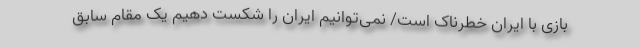
بازی با ایران خطرناک است/ نمی‌توانیم ایران را شکست دهیم یک مقام سابق